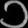
Digit: ၁